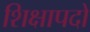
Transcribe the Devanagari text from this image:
शिक्षापदों